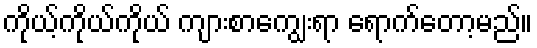
ကိုယ့်ကိုယ်ကိုယ် ကျားစာကျွေးရာ ရောက်တော့မည်။